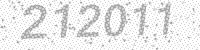
Solution: 212011